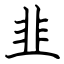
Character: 韭